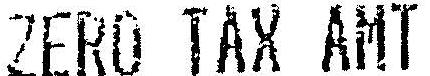
ZERO TAX AMT